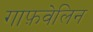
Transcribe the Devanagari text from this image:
गाफ़वेलिन